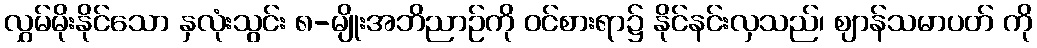
လွှမ်မိုးနိုင်သော နှလုံးသွင်း ၈-မျိုးအဘိညာဉ်ကို ဝင်စားရာ၌ နိုင်နင်းလှသည်၊ ဈာန်သမာပတ် ကို